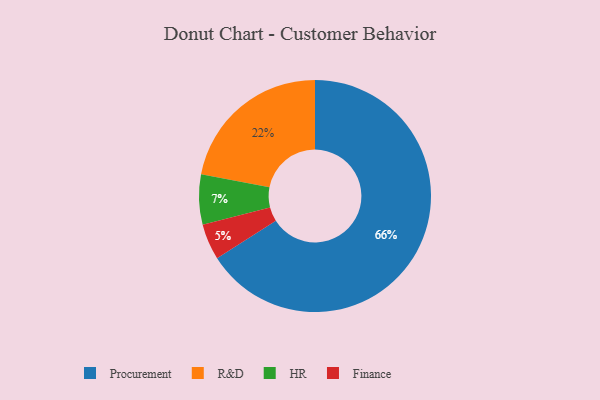
{"axis": {"x": "Category", "y": "Percentage"}, "legend": ["Finance", "HR", "Procurement", "R&D"], "data": [{"x": "Finance", "y": 5, "type": "Finance"}, {"x": "HR", "y": 7, "type": "HR"}, {"x": "Procurement", "y": 66, "type": "Procurement"}, {"x": "R&D", "y": 22, "type": "R&D"}]}